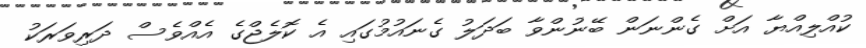
ކުއްލިއްޔާ އަށް ގެންނަން ބޭނުންވާ ބަދަލު ގެނައުމުގައި އެ ކޮލެޖްގެ އެއްވެސް ދަރިވަރަކު